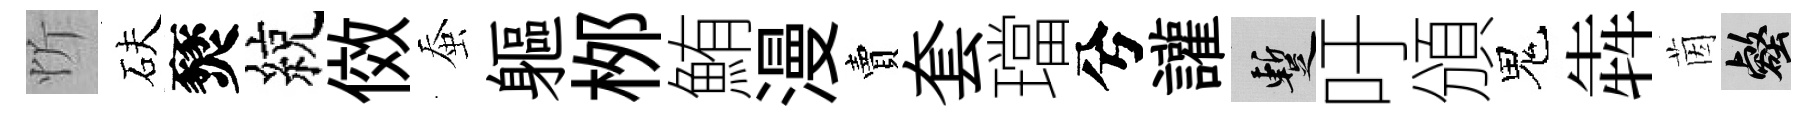
忻砆燹綂傚蚕軀桞鮪漫賣套璫兮讙暫吁頒鬼犇茵壑